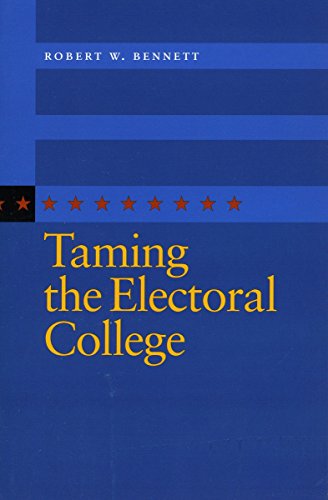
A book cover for Taming the Electoral College; Robert Bennett; Law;